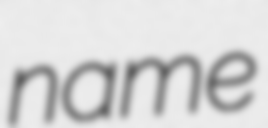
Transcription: name